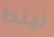
ليندا